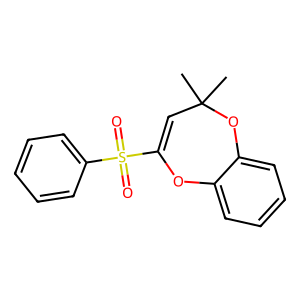
SMILES: CC1(C)C=C(S(=O)(=O)c2ccccc2)Oc2ccccc2O1
Inhibits HIV replication: No